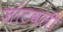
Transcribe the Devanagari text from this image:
जांटवली